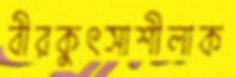
বীরকুৎসাশীলাক